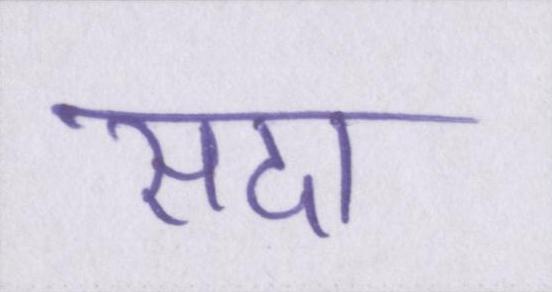
सदा